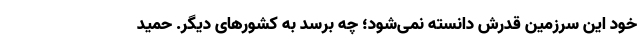
خود این سرزمین قدرش دانسته نمی‌شود؛ چه برسد به کشورهای دیگر. حمید